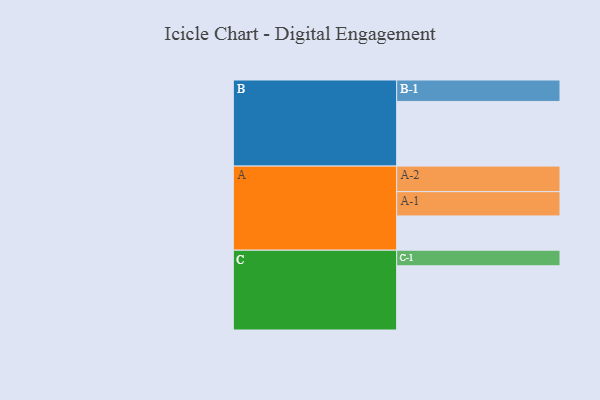
{"axis": {"x": "Segment", "y": "Value"}, "legend": ["", "A", "B", "C"], "data": [{"x": "A", "y": 310, "type": ""}, {"x": "B", "y": 585, "type": ""}, {"x": "C", "y": 581, "type": ""}, {"x": "A-1", "y": 220, "type": "A"}, {"x": "A-2", "y": 231, "type": "A"}, {"x": "B-1", "y": 194, "type": "B"}, {"x": "C-1", "y": 141, "type": "C"}]}